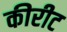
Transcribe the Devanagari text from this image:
कीरीट